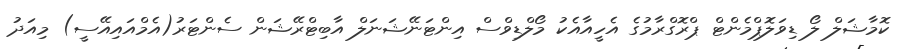
ކޮމާޝަލް ލޯ ޑިވަލޮޕްމެންޓް ޕްރޮގްރާމުގެ އެހީއާއެކު މޯލްޑިވްސް އިންޓަނޭޝަނަލް އާބިޓްރޭޝަން ސެންޓަރު(އެމްއައިއޭސީ) މިއަދު